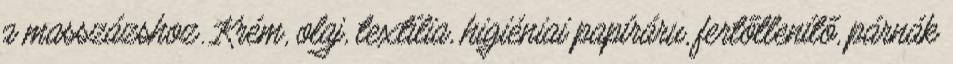
a masszázshoz. Krém, olaj, textília, higiéniai papíráru, fertőtlenítő, párnák